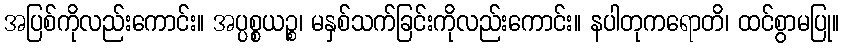
အပြစ်ကိုလည်းကောင်း။ အပ္ပစ္စယဉ္စ၊ မနှစ်သက်ခြင်းကိုလည်းကောင်း။ နပါတုကရောတိ၊ ထင်စွာမပြု။